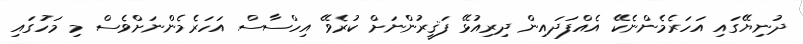
ދުނިޔޭގައި އަހަރެމެންނެކޭ އެއްފަދައިން ދިރިއުޅޭ ފަޤީރުންނަށް ކުރެވޭ އިހްސާސް އަހަރެމެންނަށްވެސް މި މަހުގައި